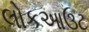
લોકઆઉટ